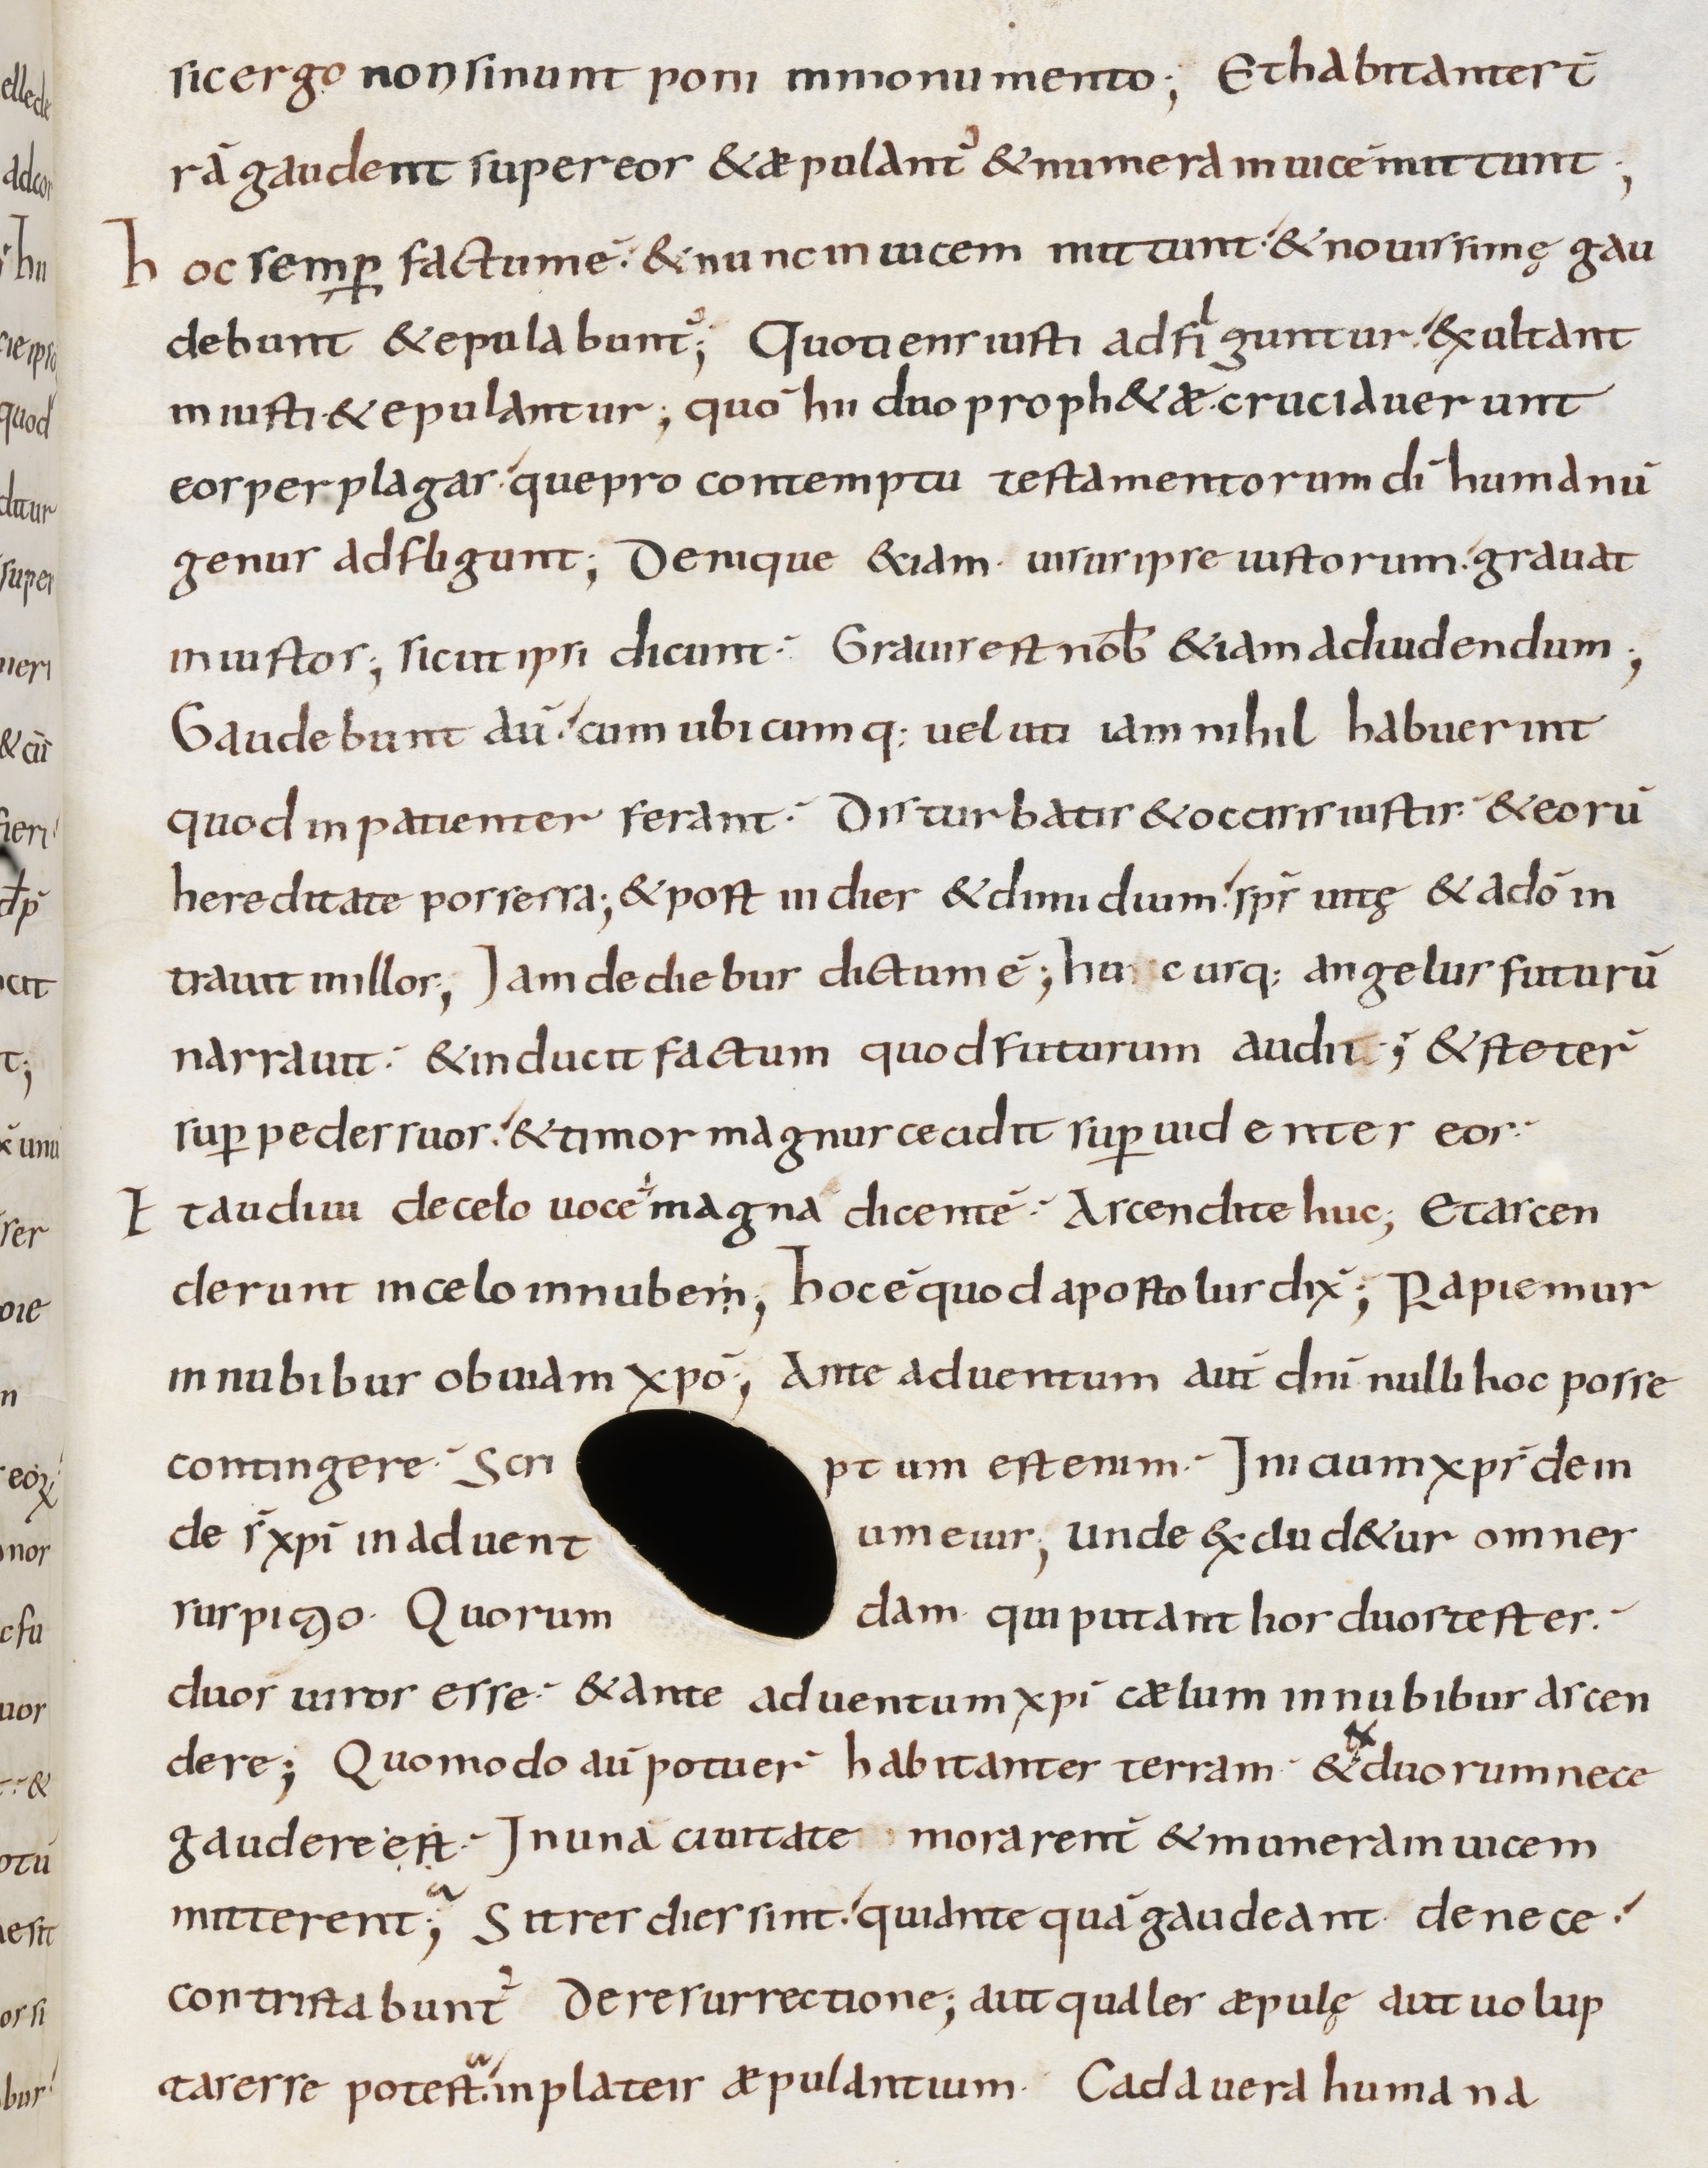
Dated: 800–899